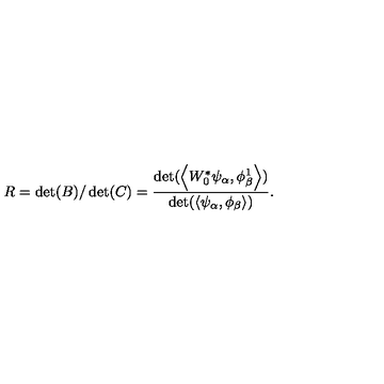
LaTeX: R = \det ( B ) / \det ( C ) = { \frac { \det ( \left< W _ { 0 } ^ { * } \psi _ { \alpha } , \phi _ { \beta } ^ { 1 } \right> ) } { \det ( \left< \psi _ { \alpha } , \phi _ { \beta } \right> ) } } .